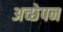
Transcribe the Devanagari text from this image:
अच्छेपन